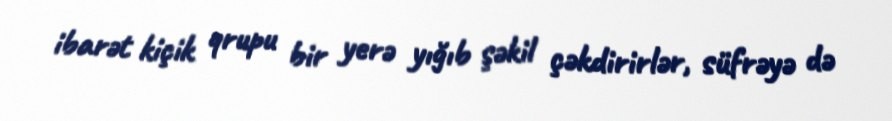
ibarət kiçik qrupu bir yerə yığıb şəkil çəkdirirlər, süfrəyə də